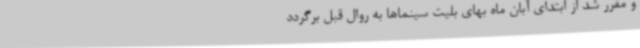
و مقرر شد از ابتدای آبان ماه بهای بلیت سینماها به روال قبل برگردد